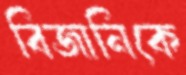
বিজানিকে